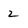
Character: 2